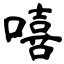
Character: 嘻